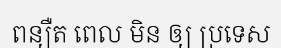
ពន្យឺត ពេល មិន ឲ្យ ប្រទេស